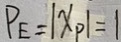
P _ { E } = \vert x _ { P } \vert = 1